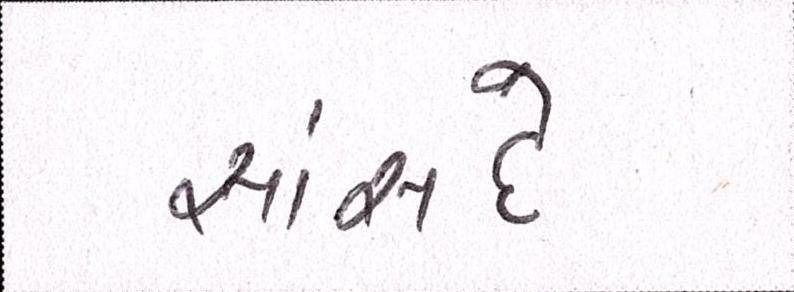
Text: સાંસદે